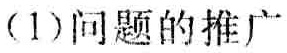
(1)问题的推广